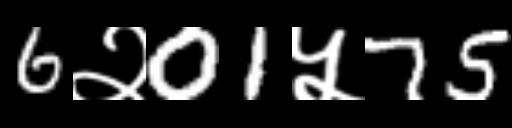
Text: 6२01५75